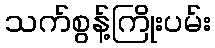
သက်စွန့်ကြိုးပမ်း